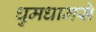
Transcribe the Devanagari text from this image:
धुमधामसे